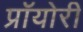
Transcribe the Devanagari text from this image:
प्रॉयोरी